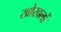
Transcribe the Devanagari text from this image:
खोखलों